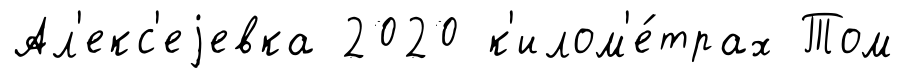
Ал'екс'еjевка 2020 к'илом'е́трах Том